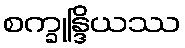
စက္ခုန္ဒြိယဿ